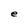
Character: e